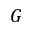
G